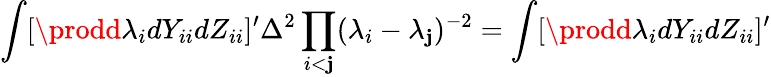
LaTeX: \int[\prodd\lambda_{i}dY_{ii}dZ_{ii}]^{\prime}\Delta^{2}\prod_{i<\mathbf{j}}(\lambda_{i}-\lambda_{\mathbf{j}})^{-2}=\int[\prodd\lambda_{i}dY_{ii}dZ_{ii}]^{\prime}